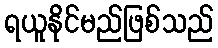
ရယူနိုင်မည်ဖြစ်သည်